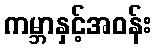
ကမ္ဘာနှင့်အဝန်း